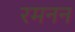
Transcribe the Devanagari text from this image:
रमनन